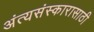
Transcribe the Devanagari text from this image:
अंत्यसंस्कारासाठी